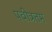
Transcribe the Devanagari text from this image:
पवीत्रतम